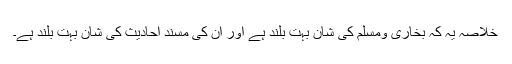
خلاصہ یہ کہ بخاری ومسلم کی شان بہت بلند ہے اور ان کی مسند احادیث کی شان بہت بلند ہے۔